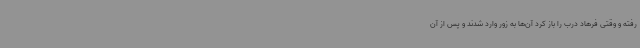
رفته و وقتی فرهاد درب را باز کرد آن‌ها به زور وارد شدند و پس از آن